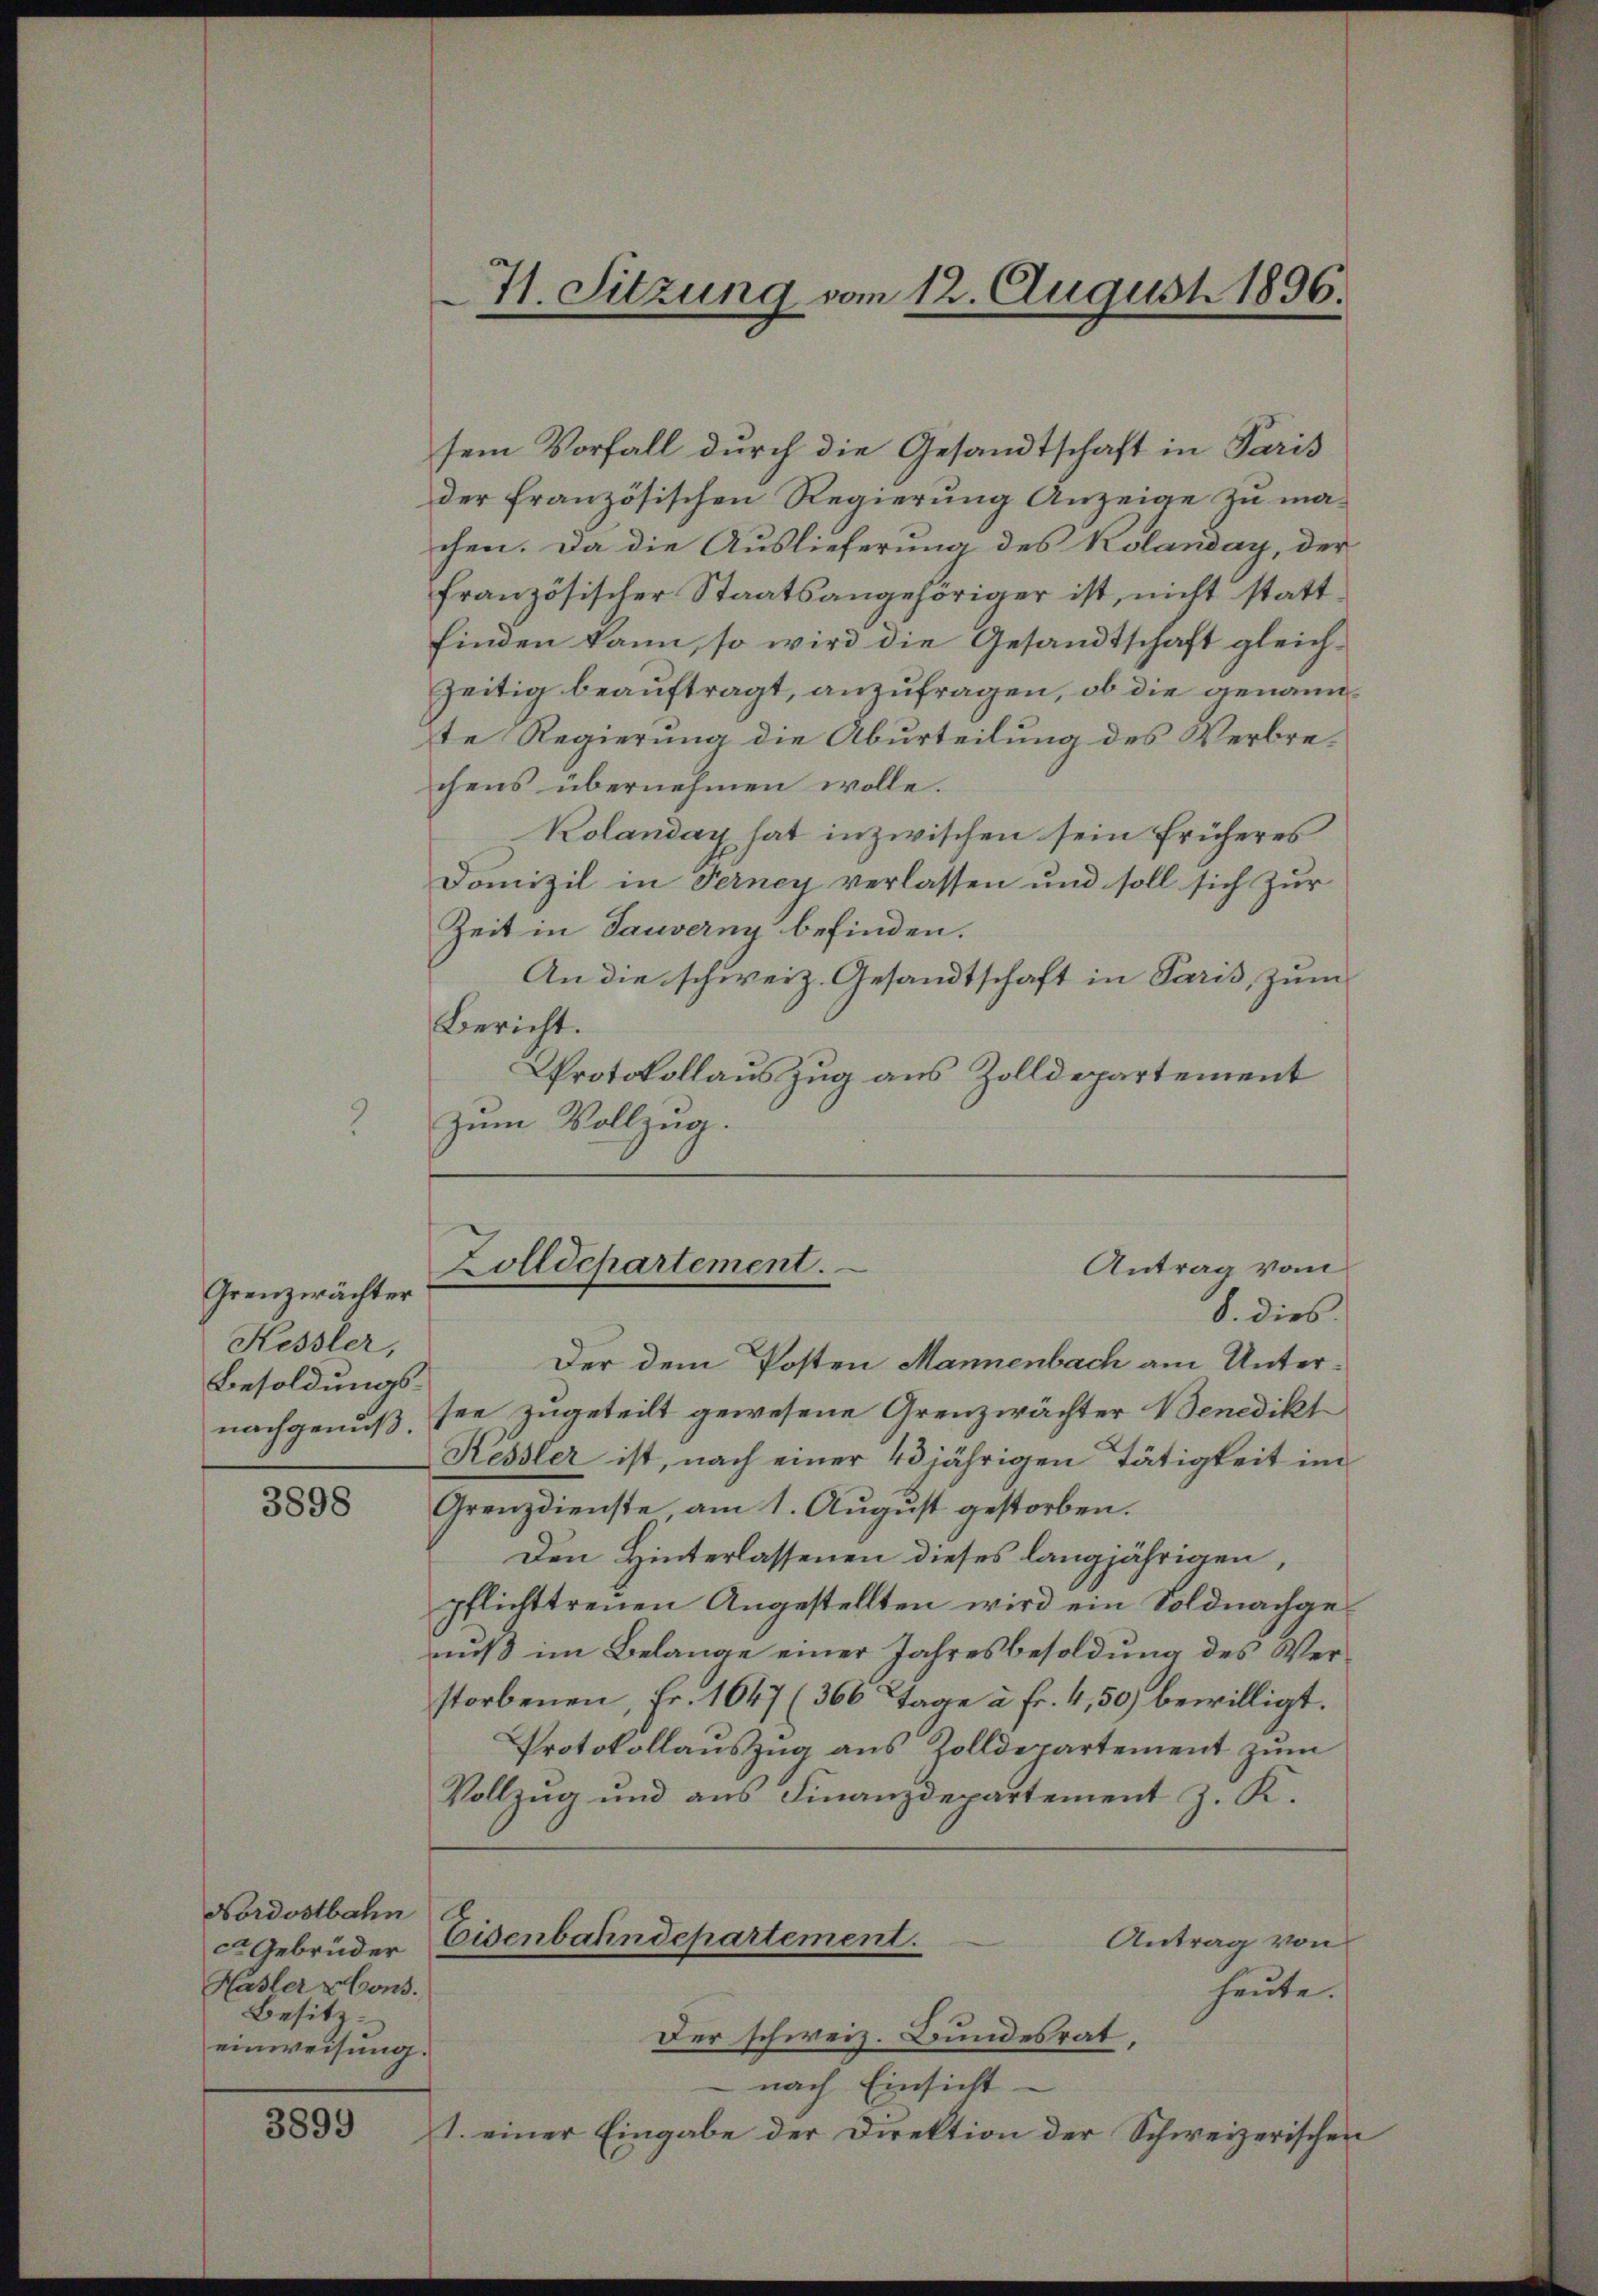
Grenzwächter
Kessler,
Besoldungsnachgenuß.

3898

sem Vorfall durch die Gesandtschaft in Paris
der französischen Regierung Anzeige zu machen. Da die Auslieferung des Kolanday, der
französischer Staatsangehöriger ist, nicht stattfinden kann, so wird die Gesandtschaft gleichzeitig beauftragt, anzufragen, ob die genannte Regierung die Aburteilung des Verbrechens übernehmen wolle.
Kolanday hat inzwischen sein früheres
Domizil in Ferney verlassen und soll sich zur
Zeit in Tauverny befinden.
An die schweiz. Gesandtschaft in Paris, zum
Bericht.
Protokollaus Zug aus Zolldepartement
zum Vollzug.

Nordostbahn
ca Gebrüder
Hasler vons.
Besitz.
einweisung.

3899

71. Sitzung vom 12. August 1896.

Der dem Posten Mannenbach am Untersee zugeteilt gewesene Grenzwächter Benedikt
Kessler ist, nach einer 43 jährigen Tätigkeit im
Grenz dienste, am 1. August gestorben.
Den Hinterlassenen dieses langjährigen,
pflichttreuen Angestellten wird ein Soldnachgeniß im Belange einer Jahresbesoldung des Verstorbenen, Fr. 1647 (366 Tage à Fr. 4,50) bewilligt.
Protokollauszug aus Zolldepartement zum
Vollzug und aus Finanzdepartement z. K.
Eisenbahndepartement.
Antrag von
heute.
Der schweiz. Bundesrat,
nach Einsicht
1. einer Eingabe der Direktion der Schweizerischen

Zolldepartement.
Antrag vom
8. dies